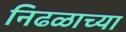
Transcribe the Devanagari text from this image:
निढळाच्या